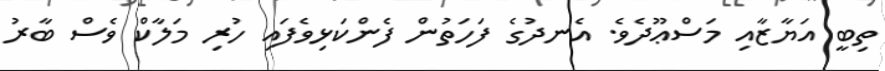
ތިބީ އަޔާޒާއި މަސްޢޫދެވެ. އެނދުގެ ފަހަތުން ފެންކަޅިވެފައި ހުރި މަލާކް ވެސް ބާރު